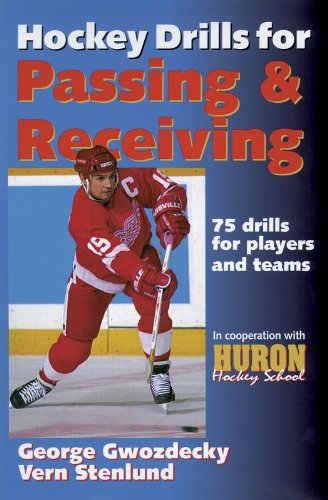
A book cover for Hockey Drills for Passing & Receiving; George Gwozdecky; Sports & Outdoors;